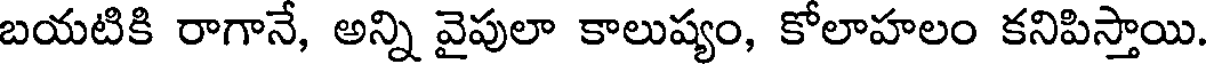
బయటికి రాగానే, అన్ని వైపులా కాలుష్యం, కోలాహలం కనిపిస్తాయి.